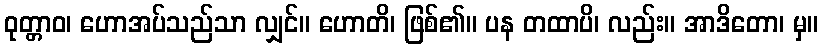
ဝုတ္တာဝ၊ ဟောအပ်သည်သာ လျှင်။ ဟောတိ၊ ဖြစ်၏။ ပန တထာပိ၊ လည်း။ အာဒိတော၊ မှ။